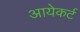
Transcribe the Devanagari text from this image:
आयेकर्ट